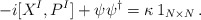
\begin{align*}-i[X^{I},P^{I}]+\psi\psi^{\dagger}=\kappa\,1_{N\times N}\,. \end{align*}